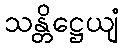
သန္တိဋ္ဌေယျံ